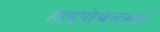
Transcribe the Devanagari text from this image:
हाइपोथेलमस